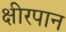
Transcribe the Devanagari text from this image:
क्षीरपान